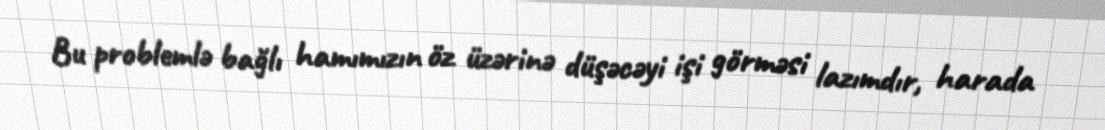
Bu problemlə bağlı hamımızın öz üzərinə düşəcəyi işi görməsi lazımdır, harada